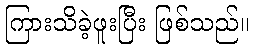
ကြားသိခဲ့ဖူးပြီး ဖြစ်သည်။